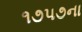
૧૭૫૭ના